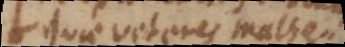
quae veteres mathematici